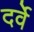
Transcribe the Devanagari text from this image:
दर्वे